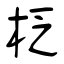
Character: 柉